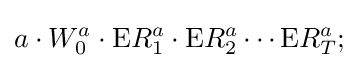
a\cdot W_{0}^{a}\cdot {\text{E}}R_{1}^{a}\cdot {\text{E}}R_{2}^{a}\cdots {\text{E}}R_{T}^{a};